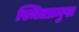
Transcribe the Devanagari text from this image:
स्थितप्रमुख